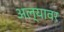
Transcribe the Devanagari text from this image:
अल्यावर